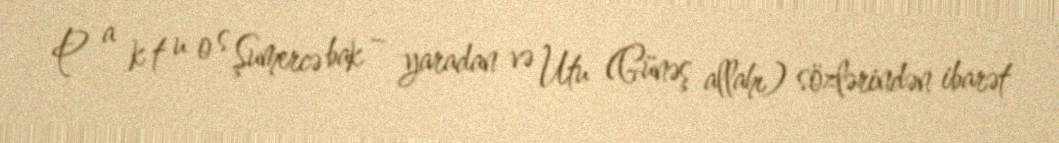
P a k t u o s Şumercə bak – yaradan və Utu (Günəş allahı) sözlərindən ibarət